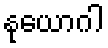
နုယောဂါ